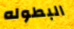
البطوله